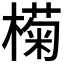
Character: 𣚭